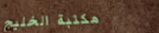
مكتبة الخليج